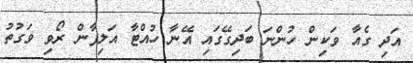
އަދި ގެއާ ވަކިން ހުންނަ ބަދިގޭގައި އޭނާ ހުއްޓާ އަލިފާން ރޯވި ވަގުތު